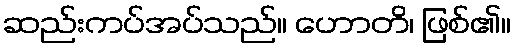
ဆည်းကပ်အပ်သည်။ ဟောတိ၊ ဖြစ်၏။